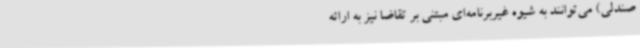
صندلی) می‌توانند به شیوه غیربرنامه‌ای مبتنی بر تقاضا نیز به ارائه